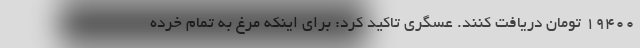
۱۹۴۰۰ تومان دریافت کنند. عسگری تاکید کرد: برای اینکه مرغ به تمام خرده